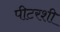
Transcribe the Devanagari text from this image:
पीटरशी